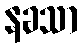
နခသာ